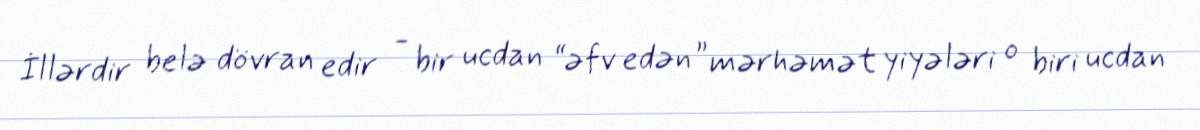
İllərdir belə dövran edir - bir ucdan “əfv edən” mərhəmət yiyələri o biri ucdan